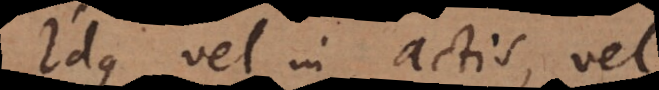
Idque vel in actis, vel